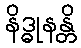
နိဒ္ဓုနန္တိ